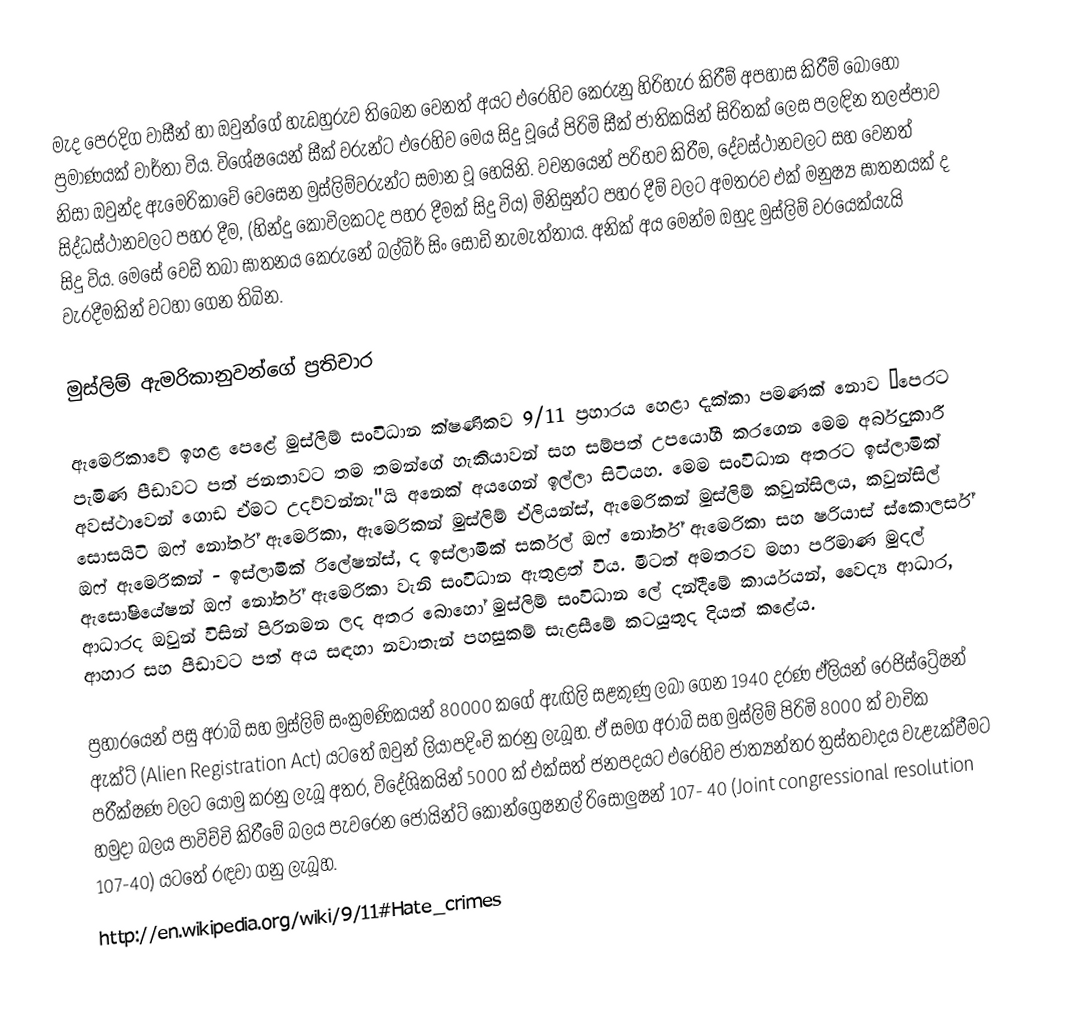
මැද පෙරදිග වාසීන් හා ඔවුන්ගේ හැඩහුරුව තිබෙන වෙනත් අයට එරෙහිව කෙරුනු හිරිහැර කිරීම් අපහාස කිරීම් බොහෝ ප්‍රමාණයක් වාර්තා විය. විශේෂයෙන් සීක් වරුන්ට එරෙහිව මෙය සිදු වූයේ පිරිමි සීක් ජාතිකයින් සිරිතක් ලෙස පලඳින තලප්පාව නිසා ඔවුන්ද ඇමෙරිකාවේ වෙසෙන මුස්ලිම්වරුන්ට සමාන වූ හෙයිනි. වචනයෙන් පරිභව කිරීම, දේවස්ථානවලට සහ වෙනත් සිද්ධස්ථානවලට පහර දීම, (හින්දු කෝවිලකටද පහර දීමක් සිදු විය) මිනිසුන්ට පහර දීම් වලට අමතරව එක් මනුෂ්‍ය ඝාතනයක් ද සිදු විය. මෙසේ වෙඩි තබා ඝාතනය කෙරුනේ බල්බිර් සිං සෝඩි නැමැත්තාය. අනික් අය මෙන්ම ඔහුද මුස්ලිම් වරයෙක්යැයි වැරදීමකින් වටහා ගෙන තිබින.

මුස්ලිම් ඇමරිකානුවන්ගේ ප්‍රතිචාර

ඇමෙරිකාවේ ඉහළ පෙළේ මුස්ලිම් සංවිධාන ක්ෂණිකව 9/11 ප්‍රහාරය හෙළා දැක්කා පමණක් නොව “පෙරට පැමිණ පීඩාවට පත් ජනතාවට තම තමන්ගේ හැකියාවන් සහ සම්පත් උපයෝගී කරගෙන මෙම අර්බුදකාරී අවස්ථාවෙන් ගොඩ ඒමට උදව්වන්නැ"යි අනෙක් අයගෙන් ඉල්ලා සිටියහ. මෙම සංවිධාන අතරට ඉස්ලාමික් සොසයිටි ඔෆ් නෝර්ත් ඇමෙරිකා, ඇමෙරිකන් මුස්ලිම් ඒලියන්ස්, ඇමෙරිකන් මුස්ලිම් කවුන්සිලය, කවුන්සිල් ඔෆ් ඇමෙරිකන් - ඉස්ලාමික්  රිලේෂන්ස්, ද ඉස්ලාමික් සර්කල් ඔෆ් නෝර්ත් ඇමෙරිකා සහ ෂරියාස් ස්කොලර්ස් ඇසෝෂියේෂන් ඔෆ් නෝර්ත් ඇමෙරිකා වැනි සංවිධාන ඇතුළත් විය. මීටත් අමතරව මහා පරිමාණ මුදල් ආධාරද ඔවුන් විසින් පිරිනමන ලද අතර බොහෝ මුස්ලිම් සංවිධාන ලේ දන්දීමේ කාර්යයන්, වෛද්‍ය ආධාර, ආහාර සහ පීඩාවට පත් අය සඳහා නවාතැන් පහසුකම් සැළසීමේ කටයුතුද දියත් කළේය.

ප්‍රහාරයෙන් පසු අරාබි සහ මුස්ලිම් සංක්‍රමණිකයන් 80000 කගේ ඇඟිලි සළකුණු ලබා ගෙන 1940 දරණ ඒලියන් රෙජිස්ට්‍රේෂන් ඇක්ට් (Alien Registration Act) යටතේ ඔවුන් ලියාපදිංචි කරනු ලැබූහ. ඒ සමග අරාබි සහ මුස්ලිම් පිරිමි 8000 ක් වාචික පරීක්ෂණ වලට යොමු කරනු ලැබූ අතර, විදේශිකයින් 5000 ක් එක්සත් ජනපදයට එරෙහිව ජාත්‍යන්තර ත්‍රස්තවාදය වැළැක්වීමට හමුදා බලය පාවිච්චි කිරීමේ බලය පැවරෙන ජොයින්ට් කොන්ග්‍රෙෂනල් රිසොලුෂන් 107- 40 (Joint congressional resolution 107-40) යටතේ රඳවා ගනු ලැබූහ.
http://en.wikipedia.org/wiki/9/11#Hate_crimes